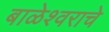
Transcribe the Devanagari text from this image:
बाळेश्वराचे